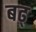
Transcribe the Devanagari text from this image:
बढ्